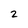
Character: 2